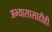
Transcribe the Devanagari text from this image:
अभ्यासासाठीही